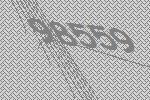
98559